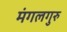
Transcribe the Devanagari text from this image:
मंगलगुरु